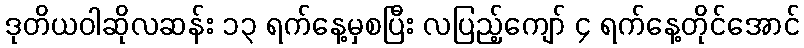
ဒုတိယဝါဆိုလဆန်း ၁၃ ရက်နေ့မှစပြီး လပြည့်ကျော် ၄ ရက်နေ့တိုင်အောင်